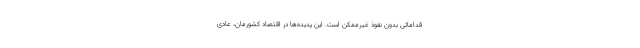
قداماتی بدون نفوذ غیرممکن است. این پدیده‌ها در اقتصاد کشورمان، عادی